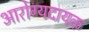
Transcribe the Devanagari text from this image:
आरोग्यदायक